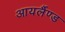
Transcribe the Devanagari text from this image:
आयर्लैण्ड